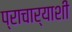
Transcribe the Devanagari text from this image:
प्राचार्याशी